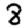
Digit: 8